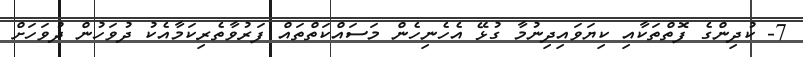
7- ކުދިންގެ ފޮތްތަކާއި ކިޔަވައިދިނުމާ ގުޅޭ އެހެނިހެން މަސައްކަތްތައް ފަރުވާތެރިކަމާއެކު ދުވަހުން ދުވަހަށް